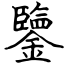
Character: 鑒